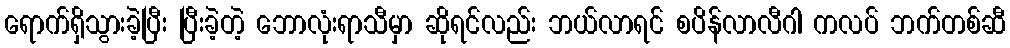
ရောက်ရှိသွားခဲ့ပြီး ပြီးခဲ့တဲ့ ဘောလုံးရာသီမှာ ဆိုရင်လည်း ဘယ်လာရင် စပိန်လာလီဂါ ကလပ် ဘက်တစ်ဆီ